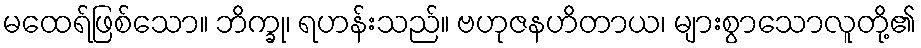
မထေရ်ဖြစ်သော။ ဘိက္ခု၊ ရဟန်းသည်။ ဗဟုဇနဟိတာယ၊ များစွာသောလူတို့၏